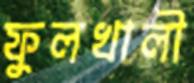
ফুলখালী